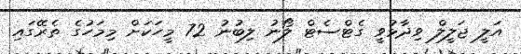
އަލީ ޖަލީލް ވިދާޅުވީ ގެޓްސެޓް ލޯނު ލިބުނު 72 މީހަކަށް މިމަހުގެ ތެރޭގައި